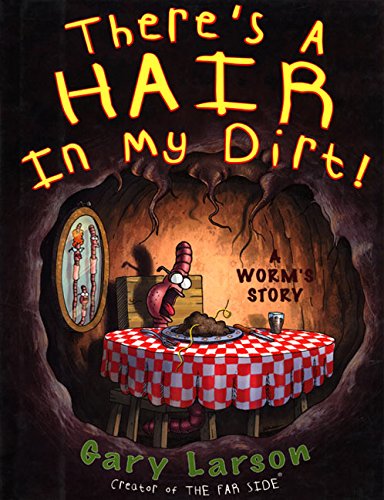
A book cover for There's a Hair in My Dirt! A Worm's Story; Gary Larson; Humor & Entertainment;